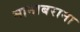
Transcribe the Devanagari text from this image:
मानाबराना